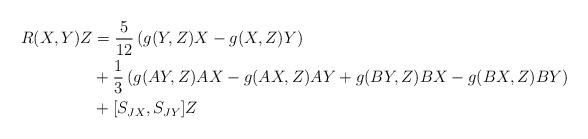
LaTeX: \begin{align*} R(X,Y)Z &= \frac{5}{12}\left(g(Y,Z)X - g(X,Z)Y\right) \\ &+ \frac{1}{3}\left(g(AY,Z)AX - g(AX,Z)AY + g(BY,Z)BX - g(BX,Z)BY\right)\\ &+[S_{JX},S_{JY}] Z \end{align*}